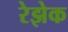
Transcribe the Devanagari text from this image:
रेझेक